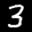
Label: 3